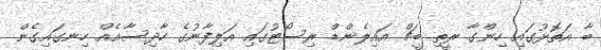
ބާ އަތޮޅުގައި ހިންގާ ރީތި ބީޗް އައިލެންޑް ރިސޯޓުގައި އަލިފާނުގެ ހާދިސާއެއް ހިނގައިގެން